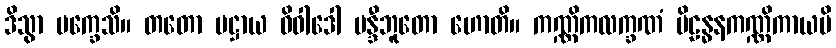
ဒိသွာ မက္ခေသိ။ တတော ပဋ္ဌာယ ဝိဝါဒေါ မန္ဒီဘူတော ဟောတိ။ ကဏ္ဏိကလက္ခဏံ ပိဠန္ဓနကဏ္ဏိကာယပိ